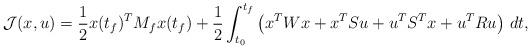
LaTeX: \begin{align*}{\mathcal J}(x,u)=\frac 12 x(t_f)^T M_f x(t_f)+\frac 12\int_{t_0}^{t_f}\left(x^T W x +x^T S u +u^T S^T x +u^T R u\right)\,dt ,\end{align*}